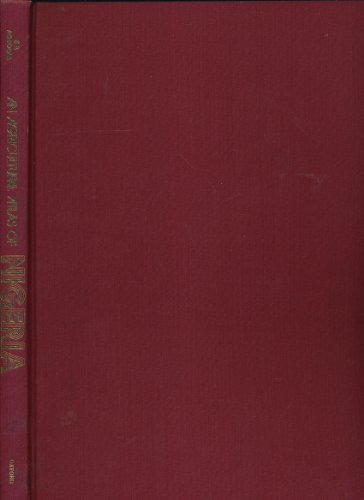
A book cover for Agricultural Atlas of Nigeria; S. A. Agboola; Travel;